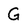
Character: G